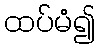
ထပ်မံ၍